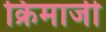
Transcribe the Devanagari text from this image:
क्रिमाजी